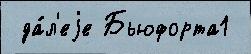
 да́л'еjе Бьюфорта1